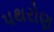
પથરોણ